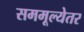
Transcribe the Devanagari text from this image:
सममूल्येतर